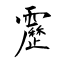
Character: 靂